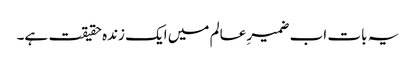
یہ بات اب ضمیرِ عالم میں ایک زندہ حقیقت ہے۔